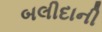
બલીદાની